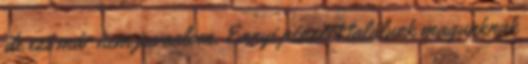
de ezt már nem javaslom. Ennyi pénzért találunk magunknak